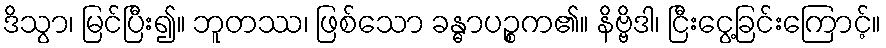
ဒိသွာ၊ မြင်ပြီး၍။ ဘူတဿ၊ ဖြစ်သော ခန္ဓာပဉ္စက၏။ နိဗ္ဗိဒါ၊ ငြီးငွေ့ခြင်းကြောင့်။